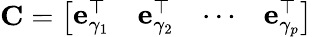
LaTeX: \mathbf{C}=\left[\begin{array}{llll}{\mathbf{e}_{\gamma_{1}}^{\top}}&{\mathbf{e}_{\gamma_{2}}^{\top}}&{\cdots}&{\mathbf{e}_{\gamma_{p}}^{\top}}\end{array}\right]